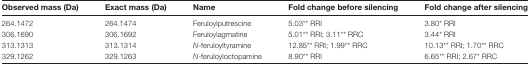
| Observed mass (Da) | Exact mass (Da) | Name | Fold change before silencing | Fold change after silencing |
 | --- | --- | --- | --- | --- |
 | 264.1472 | 264.1474 | Feruloylputrescine | 5.03** RRI | 3.80* RRI |
 | 306.1690 | 306.1692 | Feruloylagmatine | 5.01** RRI; 3.11** RRC | 3.44* RRI |
 | 313.1313 | 313.1314 | N-feruloyltyramine | 12.85** RRI; 1.99** RRC | 10.13** RRI; 1.70** RRC |
 | 329.1262 | 329.1263 | N-feruloyloctopamine | 8.90** RRI | 6.65** RRI; 2.67* RRC |